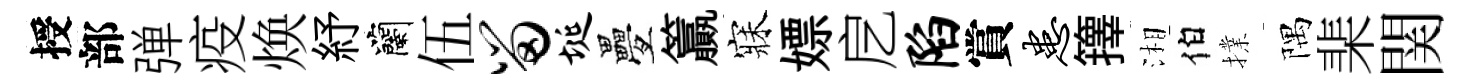
授部弹疫焕紓蘭伍留埏疊籯寐嫖戹陷賞患籜湘伯擈隅棐関